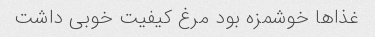
غذا‌ها خوشمزه بود مرغ کیفیت خوبی داشت